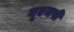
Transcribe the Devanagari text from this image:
यूएमपी